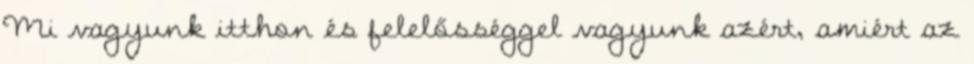
Mi vagyunk itthon és felelősséggel vagyunk azért, amiért az